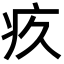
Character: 疚